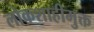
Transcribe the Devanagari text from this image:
लोकशाहीमुक्त